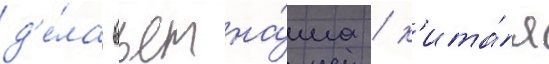
д'е́ла вьетна́ма / к'ита́я